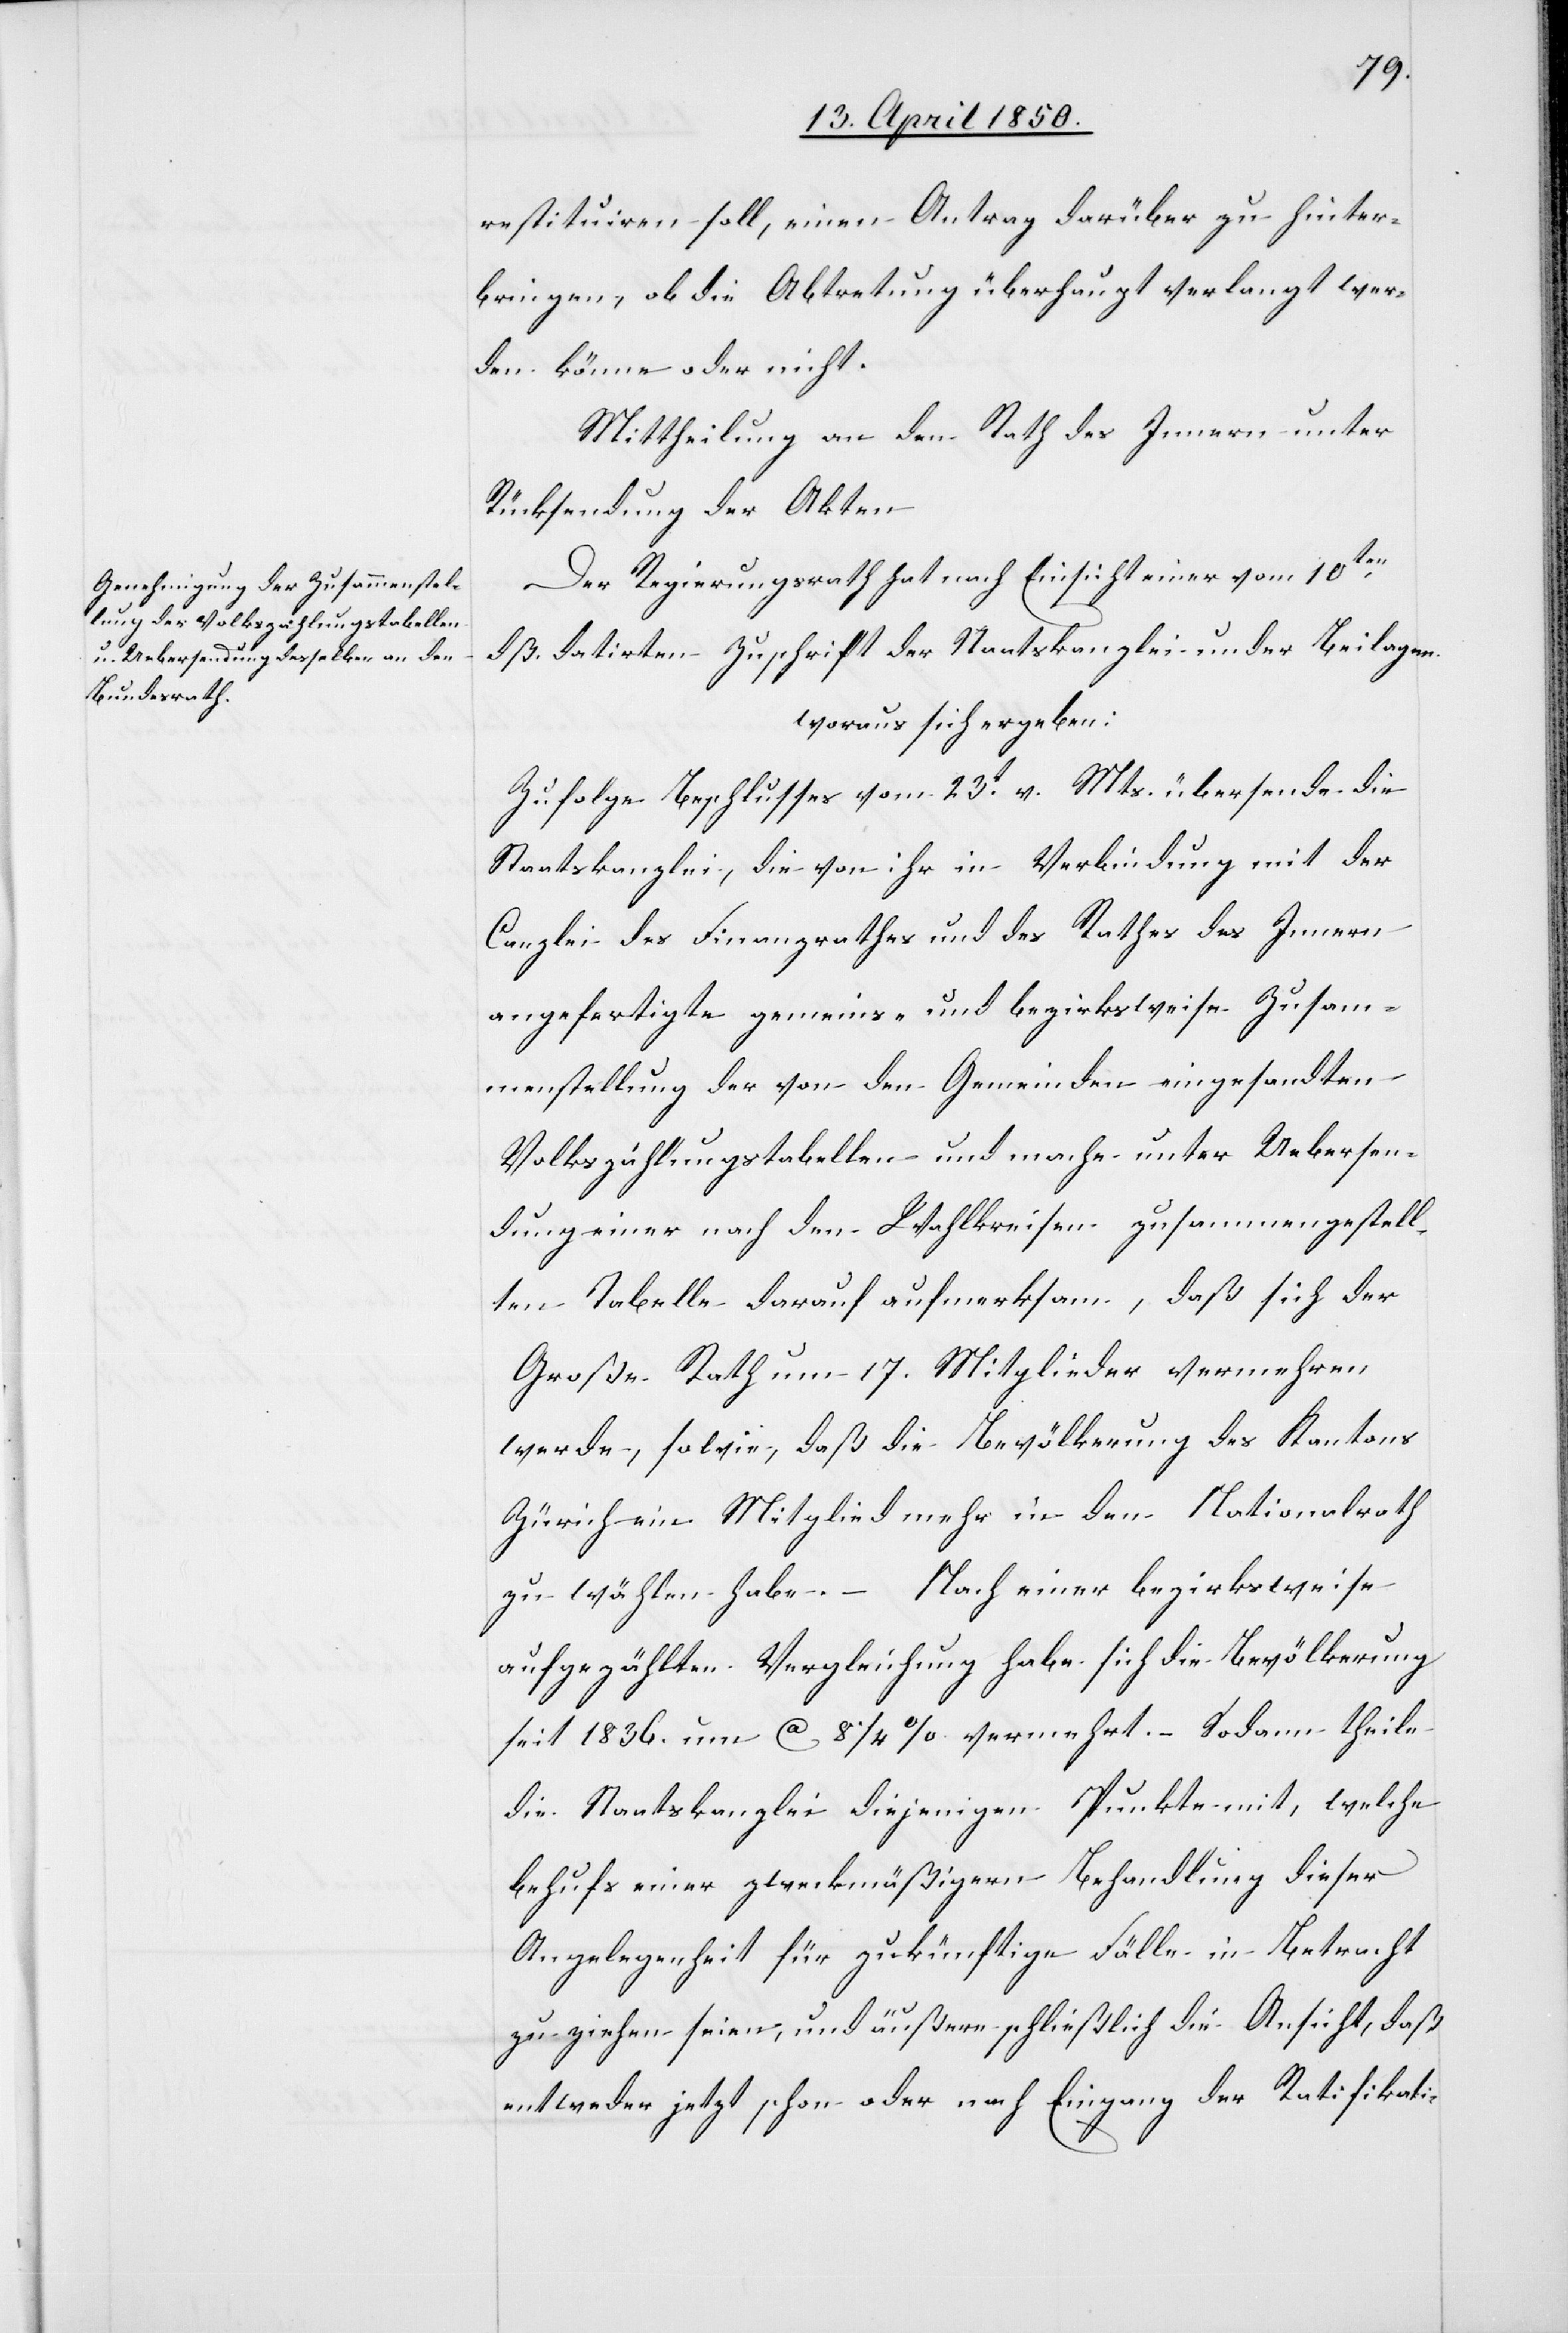
restituiren soll, einen Antrag darüber zu hinter¬
bringen, ob die Abtretung überhaupt verlangt wer¬
den könne oder nicht.
Mittheilung an den Rath des Innern unter
Rücksendung der Akten.
Der Regierungsrath hat nach Einsicht einer vom 10ten
dß. datirten Zuschrift der Staatskanzlei und der Beilagen
woraus sich ergeben:
Zufolge Beschlusses vom 23t v. Mts. übersende die
Staatskanzlei, die von ihr in Verbindung mit der
Canzlei des Finanzrathes und des Rathes des Innern
angefertigte gemein[d]s- und bezirksweise Zusam¬
menstellung der von den Gemeinden eingesandten
Volkszählungstabellen und mache unter Uebersen¬
dung einer nach den Wahlkreisen zusammengestell¬
ten Tabelle darauf aufmerksam, daß sich der
Große Rath um 17. Mitglieder vermehren
werde, sowie, daß die Bevölkerung des Kantons
Zürich ein Mitglied mehr in den Nationalrath
zu wählen habe. – Nach einer bezirksweise
aufgezählten Vergleichung habe sich die Bevölkerung
seit 1836. um Ca 8[?1]/4 % vermehrt. – Sodann theile
die Staatskanzlei diejenigen Punkte mit, welche
behufs einer zweckmäßigern Behandlung dieser
Angelegenheit für zukünftige Fälle in Betracht
zu ziehen seien, und äußere schließlich die Ansicht, daß
entweder jetzt schon oder nach Eingang der Ratifikati-